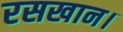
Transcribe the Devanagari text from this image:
रसखान।